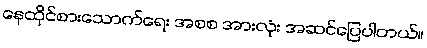
နေထိုင်စားသောက်ရေး အစစ အားလုံး အဆင်ပြေပါတယ်။